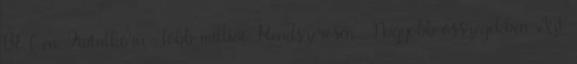
BÉT-en. Fiatalkorú .Több milliót .Rendszeresen . Nagyobb összegekben Azt